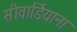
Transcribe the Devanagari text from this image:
सीवार्डियाना